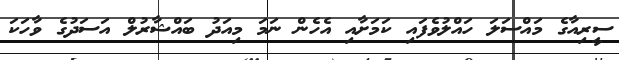
ސީރިއާގެ މައްސަލަ ހައްލުވެފައި ކަމަށާއި އެހެން ނަމަ މިއަދު ބައްޝާރުލް އަސަދުގެ ވާހަކަ